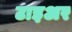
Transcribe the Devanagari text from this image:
टाइअर